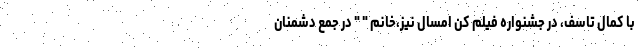
با کمال تاسف، در جشنواره فیلم کن امسال نیز،خانم " " در جمع دشمنان